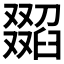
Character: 𦦖